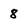
Character: 8